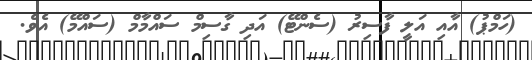
(ހަމްޕު) އާއި އަލީ ފާސިރު (ސެންޓޭ) އަދި ގާސިމް ސައްމާމް (ސައްމޭ) އެވެ.